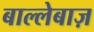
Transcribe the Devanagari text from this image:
बाल्लेबाज़